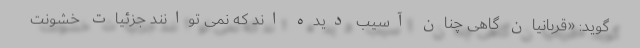
گوید: «قربانیان گاهی چنان آسیب دیده اند که نمی توانند جزئیات خشونت